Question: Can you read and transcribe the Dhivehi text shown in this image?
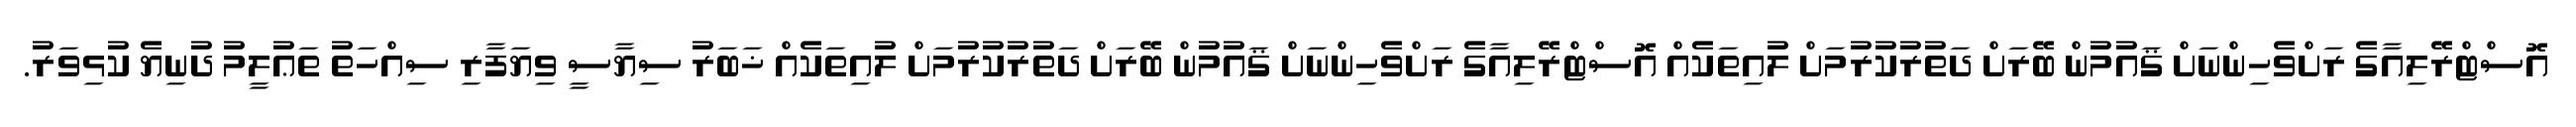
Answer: އޮސްޓްރޭލިއާގެ ރަށްވެހިންނަށް ޤައުމުން ބޭރަށް ދަތުރުކުރުމަށް ލުއިތަކެއް އޮސްޓްރޭލިއާގެ ރަށްވެހިންނަށް ޤައުމުން ބޭރަށް ދަތުރުކުރުމަށް ލުއިތަކެއް ޚަބަރު ސިޔާސީ ވިޔަފާރި ސިއްހަތު ތަޢުލީމު ދުނިޔެ ކުޅިވަރު.